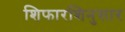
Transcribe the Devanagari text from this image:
शिफारशिनुसार